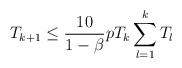
\begin{align*} T_{k+1} \leq \frac{10}{1-\beta} p T_k \sum_{l=1}^{k}T_l\end{align*}